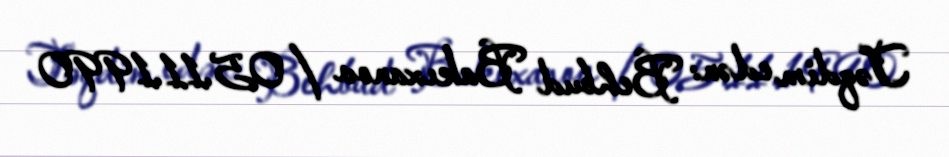
Təqdim edən: Behbud Bakıxanov / 05.11.1990